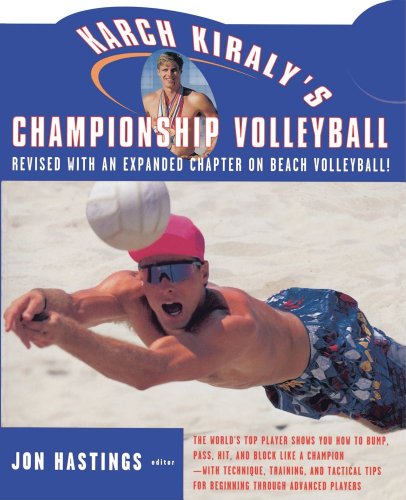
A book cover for Karch Kiraly's Championship Volleyball; Karch Kiraly; Sports & Outdoors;